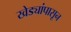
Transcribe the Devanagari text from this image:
खेड्यांपासून